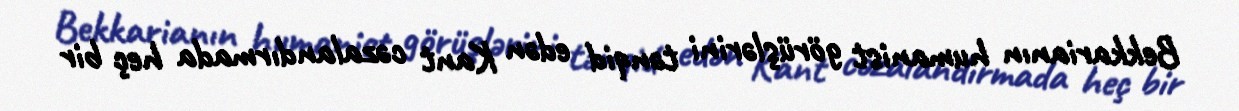
Bekkarianın humanist görüşlərini tənqid edən Kant cəzalandırmada heç bir